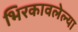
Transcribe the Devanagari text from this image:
भिरकावलेल्या